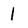
Character: l